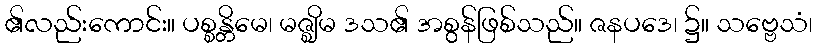
၏လည်းကောင်း။ ပစ္စန္တိမေ၊ မဇ္ဈိမ ဒသ၏ အစွန်ဖြစ်သည်။ ဇနပဒေ၊ ၌။ သဗ္ဗေသံ၊